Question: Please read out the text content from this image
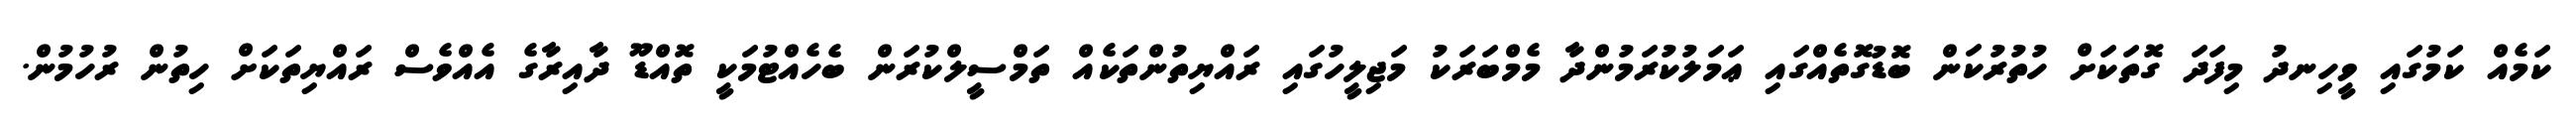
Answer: ކަމެއް ކަމުގައި ވީހިނދު މިފަދަ ގޮތަކަށް ހުތުރުކަން ބޮޑުގޮތެއްގައި ޢަމަލުކުރަމުންދާ މެމްބަރަކު މަޖިލީހުގައި ރައްޔިތުންތަކެއް ތަމްސީލްކުރަން ބެހެއްޓުމަކީ ތޮއްޑޫ ދާއިރާގެ އެއްވެސް ރައްޔިތަކަށް ހިތުން ރުހުމުން.